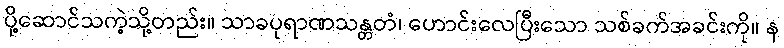
ပို့ဆောင်သကဲ့သို့တည်း။ သာခပုရာဏသန္တတံ၊ ဟောင်းလေပြီးသော သစ်ခက်အခင်းကို။ န